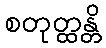
စတုတ္ထန္တိ